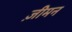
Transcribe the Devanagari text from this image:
ज़ीमन